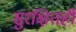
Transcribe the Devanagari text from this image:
सुरक्षितही